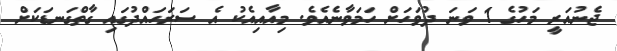
ޖެނުއަރީ މަހުގެ 1 ވަނަ ދުވަހަށް ހަމަވާނެއެވެ. މިއާއިއެކު އެ ސަރަހައްދުގައި ގާތްގަނޑަކަށް